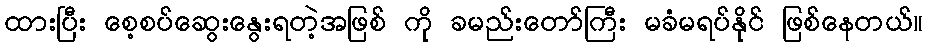
ထားပြီး စေ့စပ်ဆွေးနွေးရတဲ့အဖြစ် ကို ခမည်းတော်ကြီး မခံမရပ်နိုင် ဖြစ်နေတယ်။